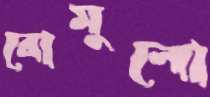
রোমুলো